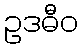
ဥဒဓီဝ